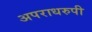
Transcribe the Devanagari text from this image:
अपराधरुपी